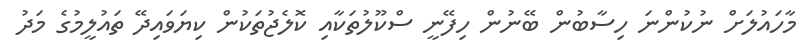
މާހައުލަށް ނުކުންނަ ހިސާބުން ބޭނުން ހިފޭނީ ސްކޫލުތަކާއި ކޮލެޖުތަކުން ކިޔަވައިދޭ ތައުލީމުގެ މަދު